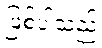
ဖြစ်ပါသည်